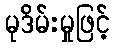
မုဒိမ်းမှုဖြင့်